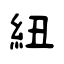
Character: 紐